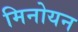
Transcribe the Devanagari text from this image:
मिनोयन